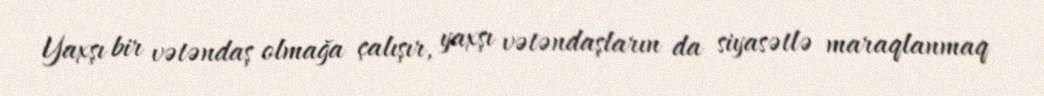
Yaxşı bir vətəndaş olmağa çalışır, yaxşı vətəndaşların da siyasətlə maraqlanmaq